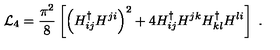
{ \cal L } _ { 4 } = { \frac { \pi ^ { 2 } } { 8 } } \left[ \left( H _ { i j } ^ { \dag } H ^ { j i } \right) ^ { 2 } + 4 H _ { i j } ^ { \dag } H ^ { j k } H _ { k l } ^ { \dag } H ^ { l i } \right] \ .